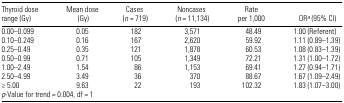
<table><thead><tr><td><b>Thyroid dose range (Gy)</b></td><td><b>Mean dose (Gy)</b></td><td><b>Cases (<i>n</i> = 719)</b></td><td><b>Noncases (<i>n</i> = 11,134)</b></td><td><b>Rate per 1,000</b></td><td><b>ORa (95% CI)</b></td></tr></thead><tbody><tr><td>0.00–0.099</td><td>0.05</td><td>182</td><td>3,571</td><td>48.49</td><td>1.00 (Referent)</td></tr><tr><td>0.10–0.249</td><td>0.16</td><td>167</td><td>2,620</td><td>59.92</td><td>1.11 (0.89–1.39)</td></tr><tr><td>0.25–0.49</td><td>0.35</td><td>121</td><td>1,878</td><td>60.53</td><td>1.08 (0.83–1.39)</td></tr><tr><td>0.50–0.99</td><td>0.71</td><td>105</td><td>1,349</td><td>72.21</td><td>1.31 (1.00–1.72)</td></tr><tr><td>1.00–2.49</td><td>1.54</td><td>86</td><td>1,153</td><td>69.41</td><td>1.27 (0.94–1.71)</td></tr><tr><td>2.50–4.99</td><td>3.49</td><td>36</td><td>370</td><td>88.67</td><td>1.67 (1.09–2.49)</td></tr><tr><td>≥ 5.00</td><td>9.63</td><td>22</td><td>193</td><td>102.32</td><td>1.83 (1.07–3.00)</td></tr><tr><td colspan="6"><i>p</i>-Value for trend = 0.004, df = 1</td></tr></tbody></table>